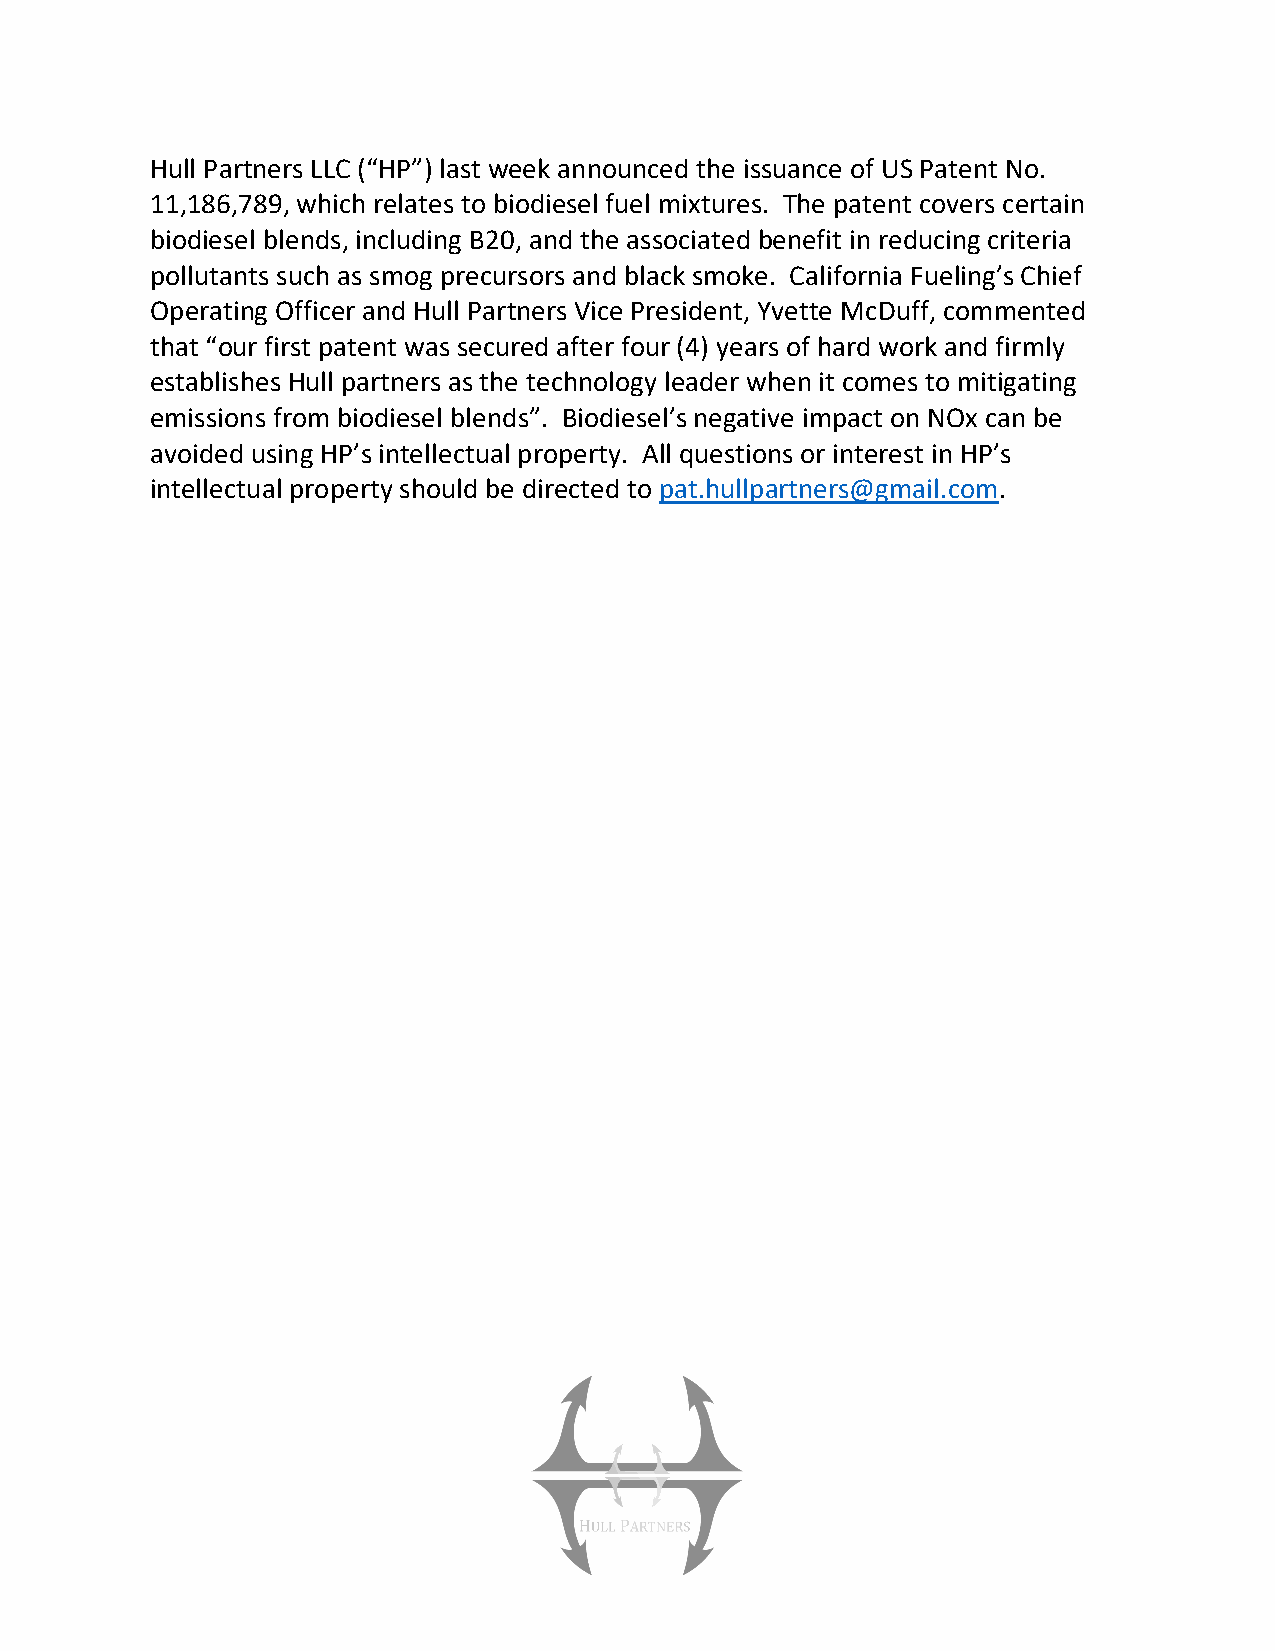
Hull Partners LLC (“HP”) last week announced the issuance of US Patent No.
 11,186,789, which relates to biodiesel fuel mixtures. The patent covers certain
 biodiesel blends, including B20, and the associated benefit in reducing criteria
 pollutants such as smog precursors and black smoke. California Fueling’s Chief
 Operating Officer and Hull Partners Vice President, Yvette McDuff, commented
 that “our first patent was secured after four (4) years of hard work and firmly
 establishes Hull partners as the technology leader when it comes to mitigating
 emissions from biodiesel blends”. Biodiesel’s negative impact on NOx can be
 avoided using HP’s intellectual property. All questions or interest in HP’s
 intellectual property should be directed to pat.hullpartners@gmail.com.